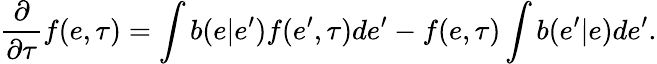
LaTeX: \frac{\partial}{\partial\tau}f(e,\tau)=\int b(e|e^{\prime})f(e^{\prime},\tau)de^{\prime}-f(e,\tau)\int b(e^{\prime}|e)de^{\prime}.